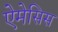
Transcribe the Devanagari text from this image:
ऐमेसिस